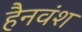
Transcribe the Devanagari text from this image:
हैनवंश